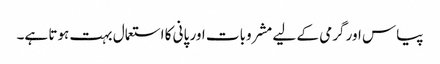
پیاس اور گرمی کے لیے مشروبات اور پانی کا استعمال بہت ہوتا ہے۔